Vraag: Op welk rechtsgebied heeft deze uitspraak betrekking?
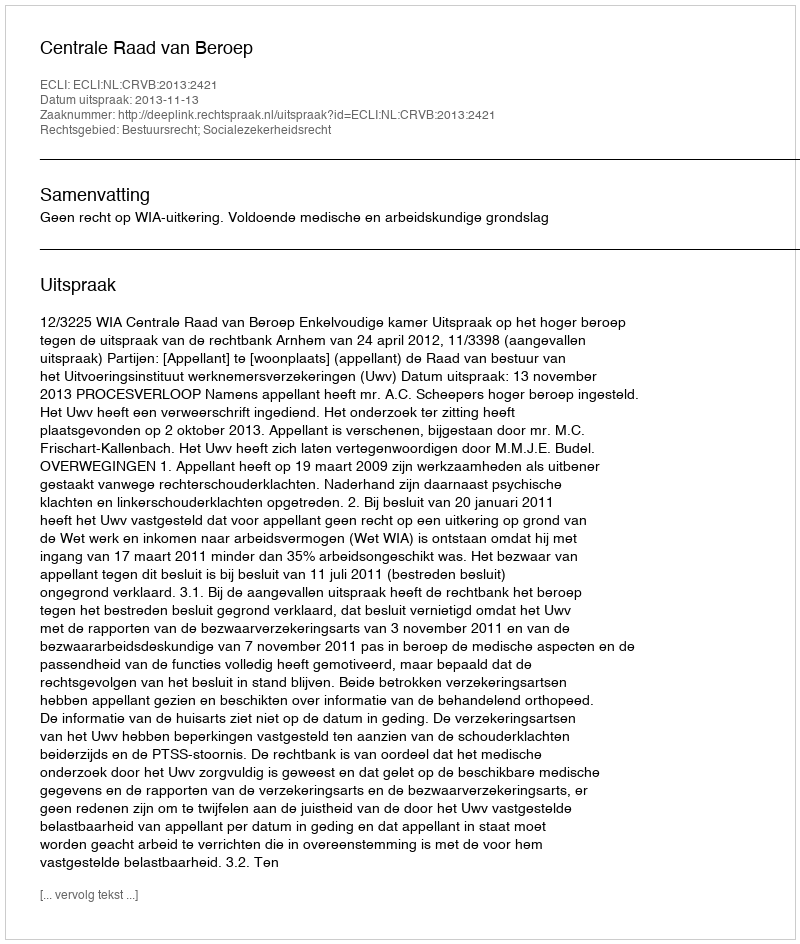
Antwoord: Bestuursrecht; Socialezekerheidsrecht